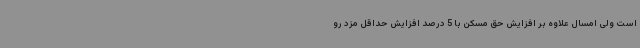
است ولی امسال علاوه بر افزایش حق مسکن با 5 درصد افزایش حداقل مزد رو